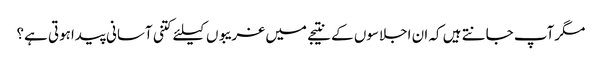
مگرآپ جانتے ہیں کہ ان اجلاسوں کے نتیجے میں غریبوں کیلئے کتنی آسانی پیداہوتی ہے؟